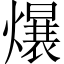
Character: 𪹷